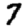
Digit: 7